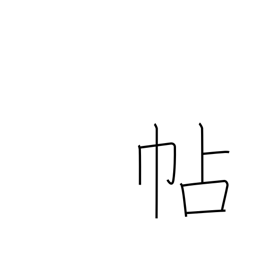
Meaning: notebook